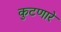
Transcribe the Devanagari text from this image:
कुटणारे